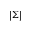
| \Sigma |